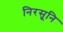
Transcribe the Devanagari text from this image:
निरसूनि